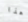
هذا